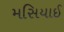
મસિયાઈ